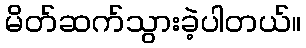
မိတ်ဆက်သွားခဲ့ပါတယ်။